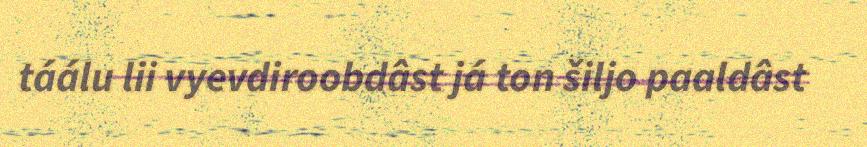
táálu lii vyevdiroobdâst já ton šiljo paaldâst